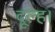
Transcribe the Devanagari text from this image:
दूल्ह।